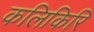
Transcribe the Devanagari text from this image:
कलिकिरि